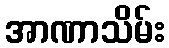
အာဏာသိမ်း